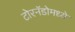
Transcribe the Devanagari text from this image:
टोरनॅडोमध्ये